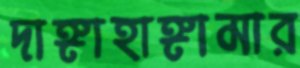
দাঙ্গাহাঙ্গামার